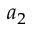
a _ { 2 }